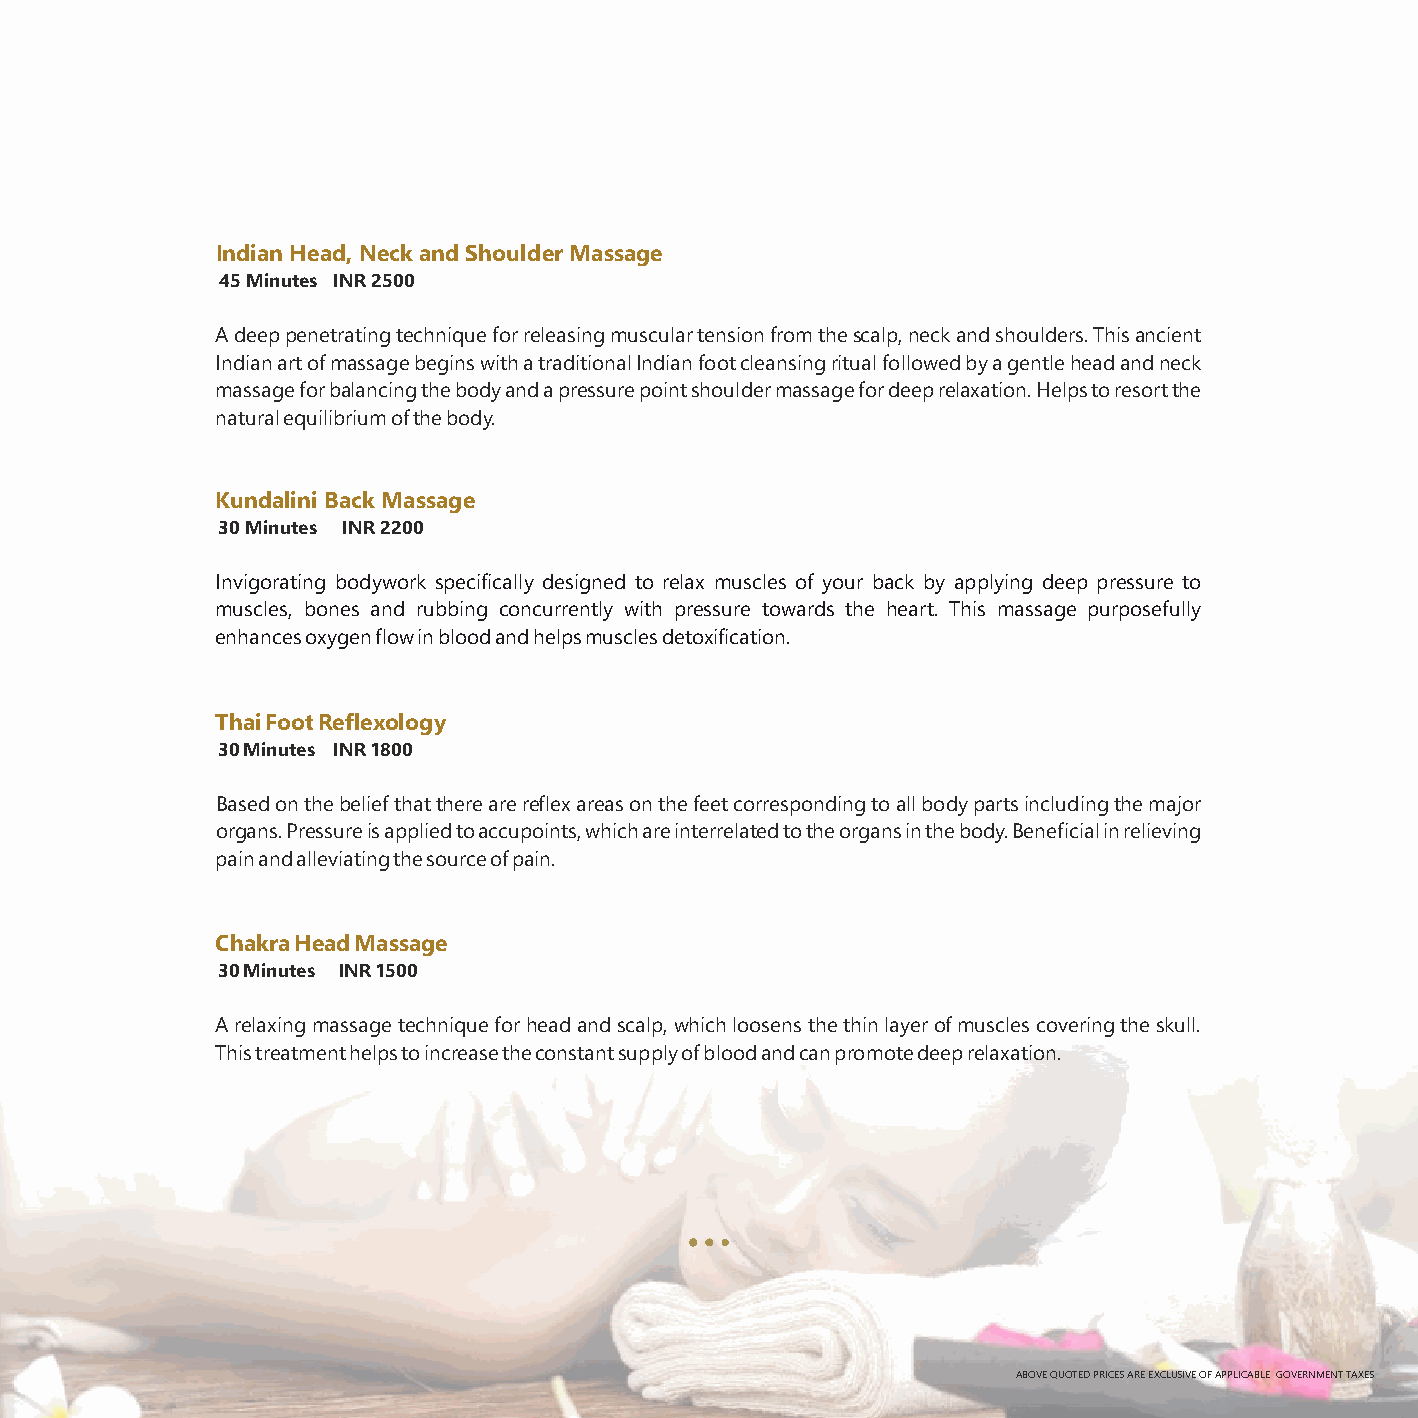
Indian Head, Neck and Shoulder Massage
 45 Minutes INR 2500
 A deep penetrating technique for releasing muscular tension from the scalp, neck and shoulders. This ancient
 Indian art of massage begins with a traditional Indian foot cleansing ritual followed by a gentle head and neck
 massage for balancing the body and a pressure point shoulder massage for deep relaxation. Helps to resort the
 natural equilibrium of the body.
 Kundalini Back Massage
 30 Minutes INR 2200
 Invigorating bodywork specifically designed to relax muscles of your back by applying deep pressure to
 muscles, bones and rubbing concurrently with pressure towards the heart. This massage purposefully
 enhances oxygen flow in blood and helps muscles detoxification.
 Thai Foot Reflexology
 30 Minutes INR 1800
 Based on the belief that there are reflex areas on the feet corresponding to all body parts including the major
 organs. Pressure is applied to accupoints, which are interrelated to the organs in the body. Beneficial in relieving
 pain and alleviating the source of pain.
 Chakra Head Massage
 30 Minutes INR 1500
 A relaxing massage technique for head and scalp, which loosens the thin layer of muscles covering the skull.
 This treatment helps to increase the constant supply of blood and can promote deep relaxation.
 ABOVE QUOTED PRICES ARE EXCLUSIVE OF APPLICABLE GOVERNMENT TAXES